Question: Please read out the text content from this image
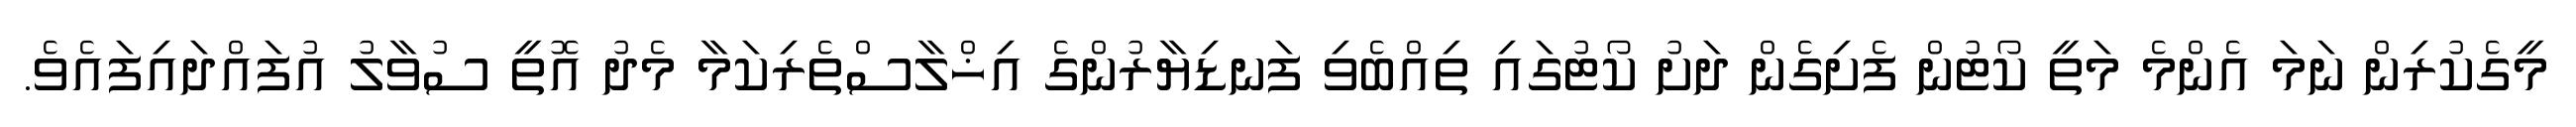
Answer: މީގެކުރިން ނަމަ އެންމެ މަތީ ކޯޓުން ފެށިގެން ދަށު ކޯޓުގައި ތިއްބެވި ފަނޑިޔާރުންގެ އިޚްލާސްތެރިކަމާ މެދު އޮތީ ސުވާލު އުފައްދައިފައެވެ.